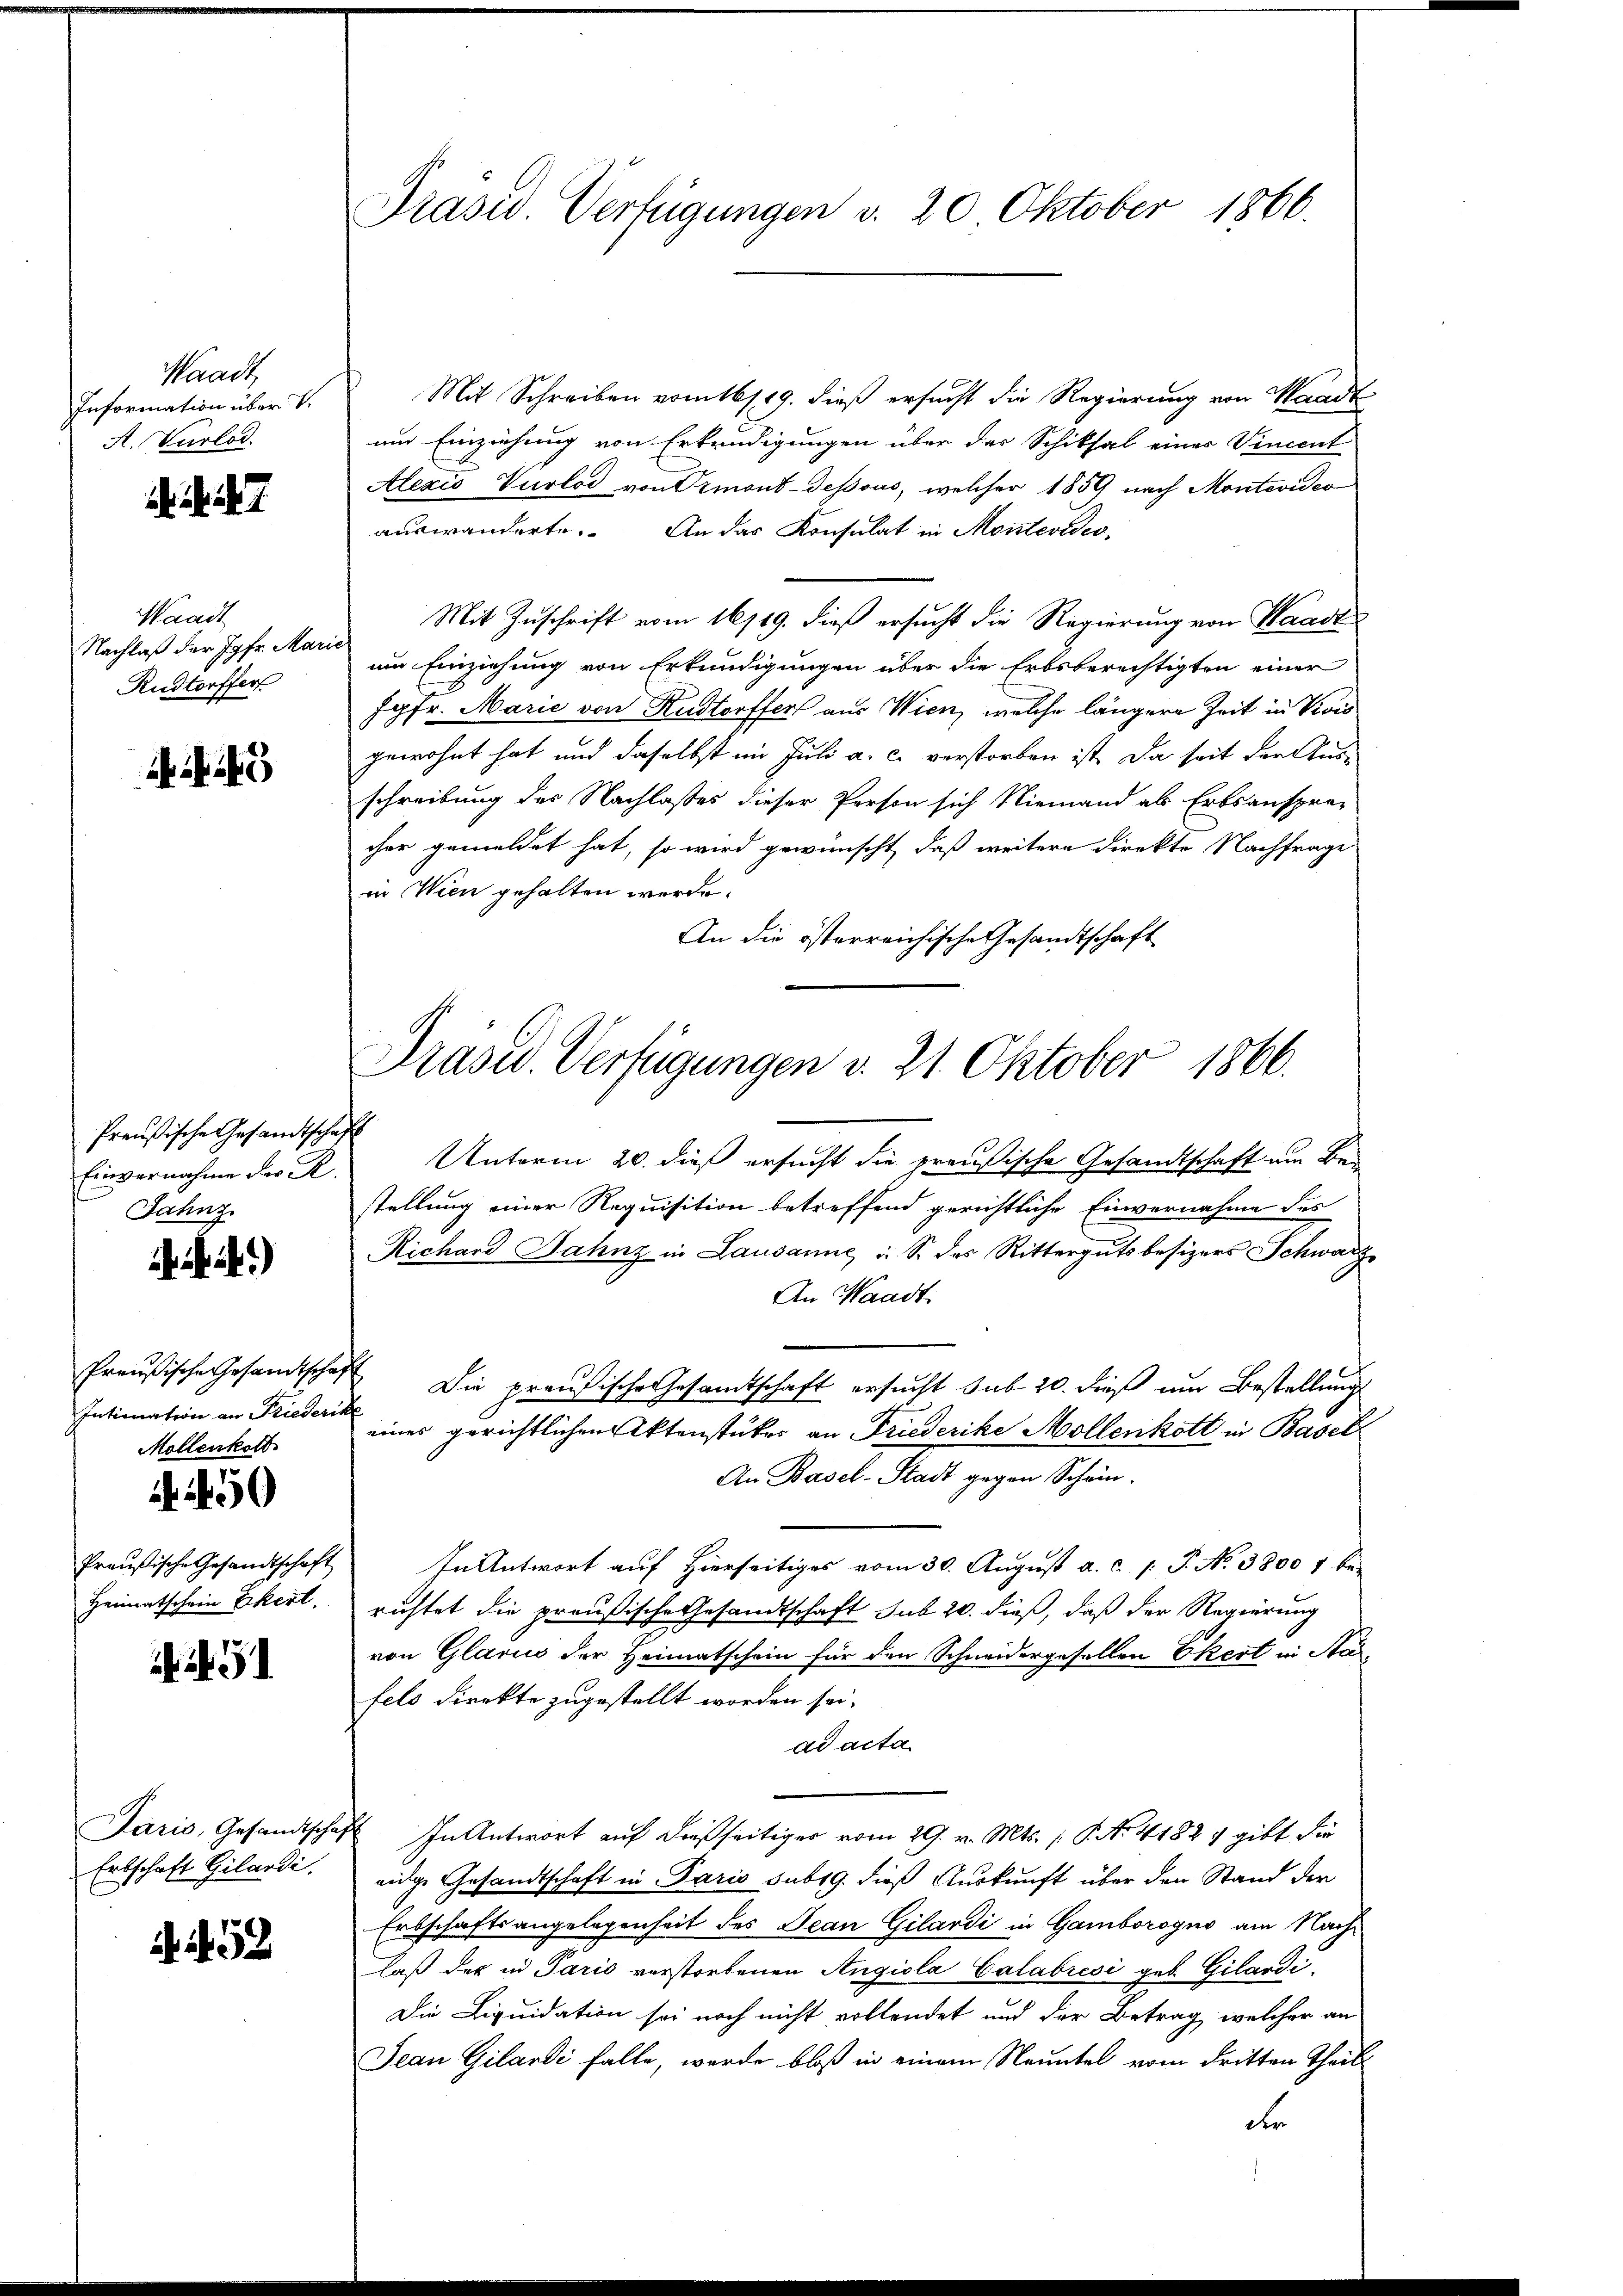
Waadt,
Information über V
A. Vorlad

Waadt
Nachlaß der Jgfr. Mari
Rudtorffer

4

Preußische Gesandtschaft
Einvernahme der K.
Jahnz

)

Preußische Gesandtschaf
Intimation an Friederi
Mollenkoll.

. 450

Heimatschein Ekerl.

Erbschaft Gilardi.

52

Präsid. Verfügungen v. 20. Oktober 1866.

Mit Schreiben vom 16/19. dieß ersucht die Regierung von Waadt
um Einziehung von Erkundigungen über das Schiksal einer Vincent
Alexis Vurlod von Ormond-dessous, welcher 1859 nach Montevideo
auswanderte. An das Konsulat in Montevideo-
Mit Zuschrift vom 16/19. dieß ersucht die Regierung von Waadt
um Einziehung von Erkundigungen über die Erbsberechtigten einer
Jgfr. Marie von Kustorffer aus Wien, welche längere Zeit in Vions
gewohnt hat und daselbst im Juli a. c. verstorben ist, da seit der Ausschreibung des Nachlasses dieser Person sich Niemand als Erbsanspra-
cher gemeldet hat, so wird gewünscht, daß weitere direkte Nachfrage
in Wien gehalten werde.
An die österreichische Gesandtschaft
Unterm 20. dieß ersucht die preußische Gesandtschaft um Bestellung einer Requisition betreffend gerichtliche Einvernahme des
Richard Jahnz in Lausanne, u. S. des Rittergutsbesizers Schwarz
An Waadt.
 Die preußische Gesamtschaft ersucht sub 20. dieß um Bestellung
f
eines gerichtlichen Aktenstückes an Friederike Mollenkott in Basel
An Basel-Stadt gegen Schein.
Eraŭsische Gesandtschaft In Antwort aŭf hierseitiges vom 30. Aŭgŭst a. c. l. J. No 3800 7 be-
richtet die preußische Gesandtschaft sub 20. dieß, daß der Regierung
von Glarus der Heimatschein für den Schneidergesellen Ekert in Na
fels direkte zugestellt worden sei.
ad acta
Paris, Gesandtschaft. In Antwort auf dießseitiger vom 29. v. Mts. (: P. Nr. 41824 gibt die
eidge Gesandtschaft in Paris sub 19. dieß Auskunft über den Stand der
Erbschaftsangelegenheit des Jean Gilardi in Gamborogno am Nachlaß der in Paris verstorbenen Angiola Calabrési geb. Gilardi
Die Liquidation sei noch nicht vollendet und der Betrag, welcher an
Jean Gilandi falle, wurde bloß in einem Neuntel vom dritten Theil
de

Präsid. Verfügungen d. 21. Oktober 1866.